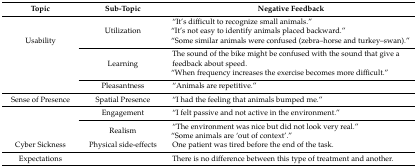
<table><thead><tr><td><b>Topic</b></td><td><b>Sub-Topic</b></td><td><b>Negative Feedback</b></td></tr></thead><tbody><tr><td rowspan="3">Usability</td><td>Utilization</td><td>“It’s difficult to recognize small animals.”“It’s not easy to identify animals placed backward.”“Some similar animals were confused (zebra–horse and turkey–swan).”</td></tr><tr><td>Learning</td><td>The sound of the bike might be confused with the sound that give a feedback about speed.“When frequency increases the exercise becomes more difficult.”</td></tr><tr><td>Pleasantness</td><td>“Animals are repetitive.”</td></tr><tr><td>Sense of Presence</td><td>Spatial Presence</td><td>“I had the feeling that animals bumped me.”</td></tr><tr><td rowspan="2"></td><td>Engagement</td><td>“I felt passive and not active in the environment.”</td></tr><tr><td>Realism</td><td>“The environment was nice but did not look very real.”“Some animals are ‘out of context’.”</td></tr><tr><td>Cyber Sickness</td><td>Physical side-effects</td><td>One patient was tired before the end of the task.</td></tr><tr><td>Expectations</td><td></td><td>There is no difference between this type of treatment and another.</td></tr></tbody></table>